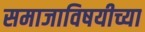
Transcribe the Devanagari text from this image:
समाजाविषयीच्या